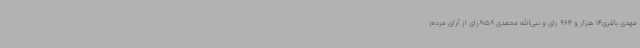
مهدی باقری14 هزار و 964 رای و نبی‌الله محمدی 8158رای از آرای مردم